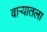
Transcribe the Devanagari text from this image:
वार्‍यातला